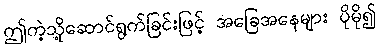
ဤကဲ့သို့ဆောင်ရွက်ခြင်းဖြင့် အခြေအနေများ ပိုမို၍